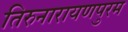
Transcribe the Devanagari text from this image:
तिरुनारायणपुरम